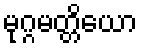
မုဂ္ဂမတ္တိယော